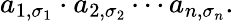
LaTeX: a_{1,\sigma_{1}}\cdot a_{2,\sigma_{2}}\cdots a_{n,\sigma_{n}}.